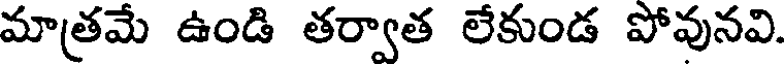
మాత్రమే ఉండి తర్వాత లేకుండ పోవునవి.